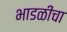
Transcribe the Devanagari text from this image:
भाडळीचा